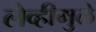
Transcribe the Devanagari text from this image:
लेव्हीमुळे